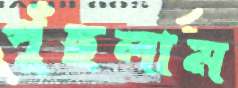
পুঁছলাম